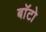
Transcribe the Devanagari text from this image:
बाॅटो